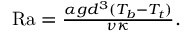
\begin{array} { r } { \mathrm { R a } = \frac { \alpha g d ^ { 3 } ( T _ { b } - T _ { t } ) } { \nu \kappa } . } \end{array}